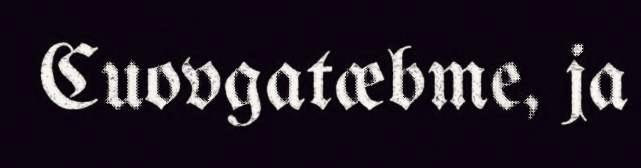
Cuovgatæbme, ja